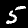
Label: 5